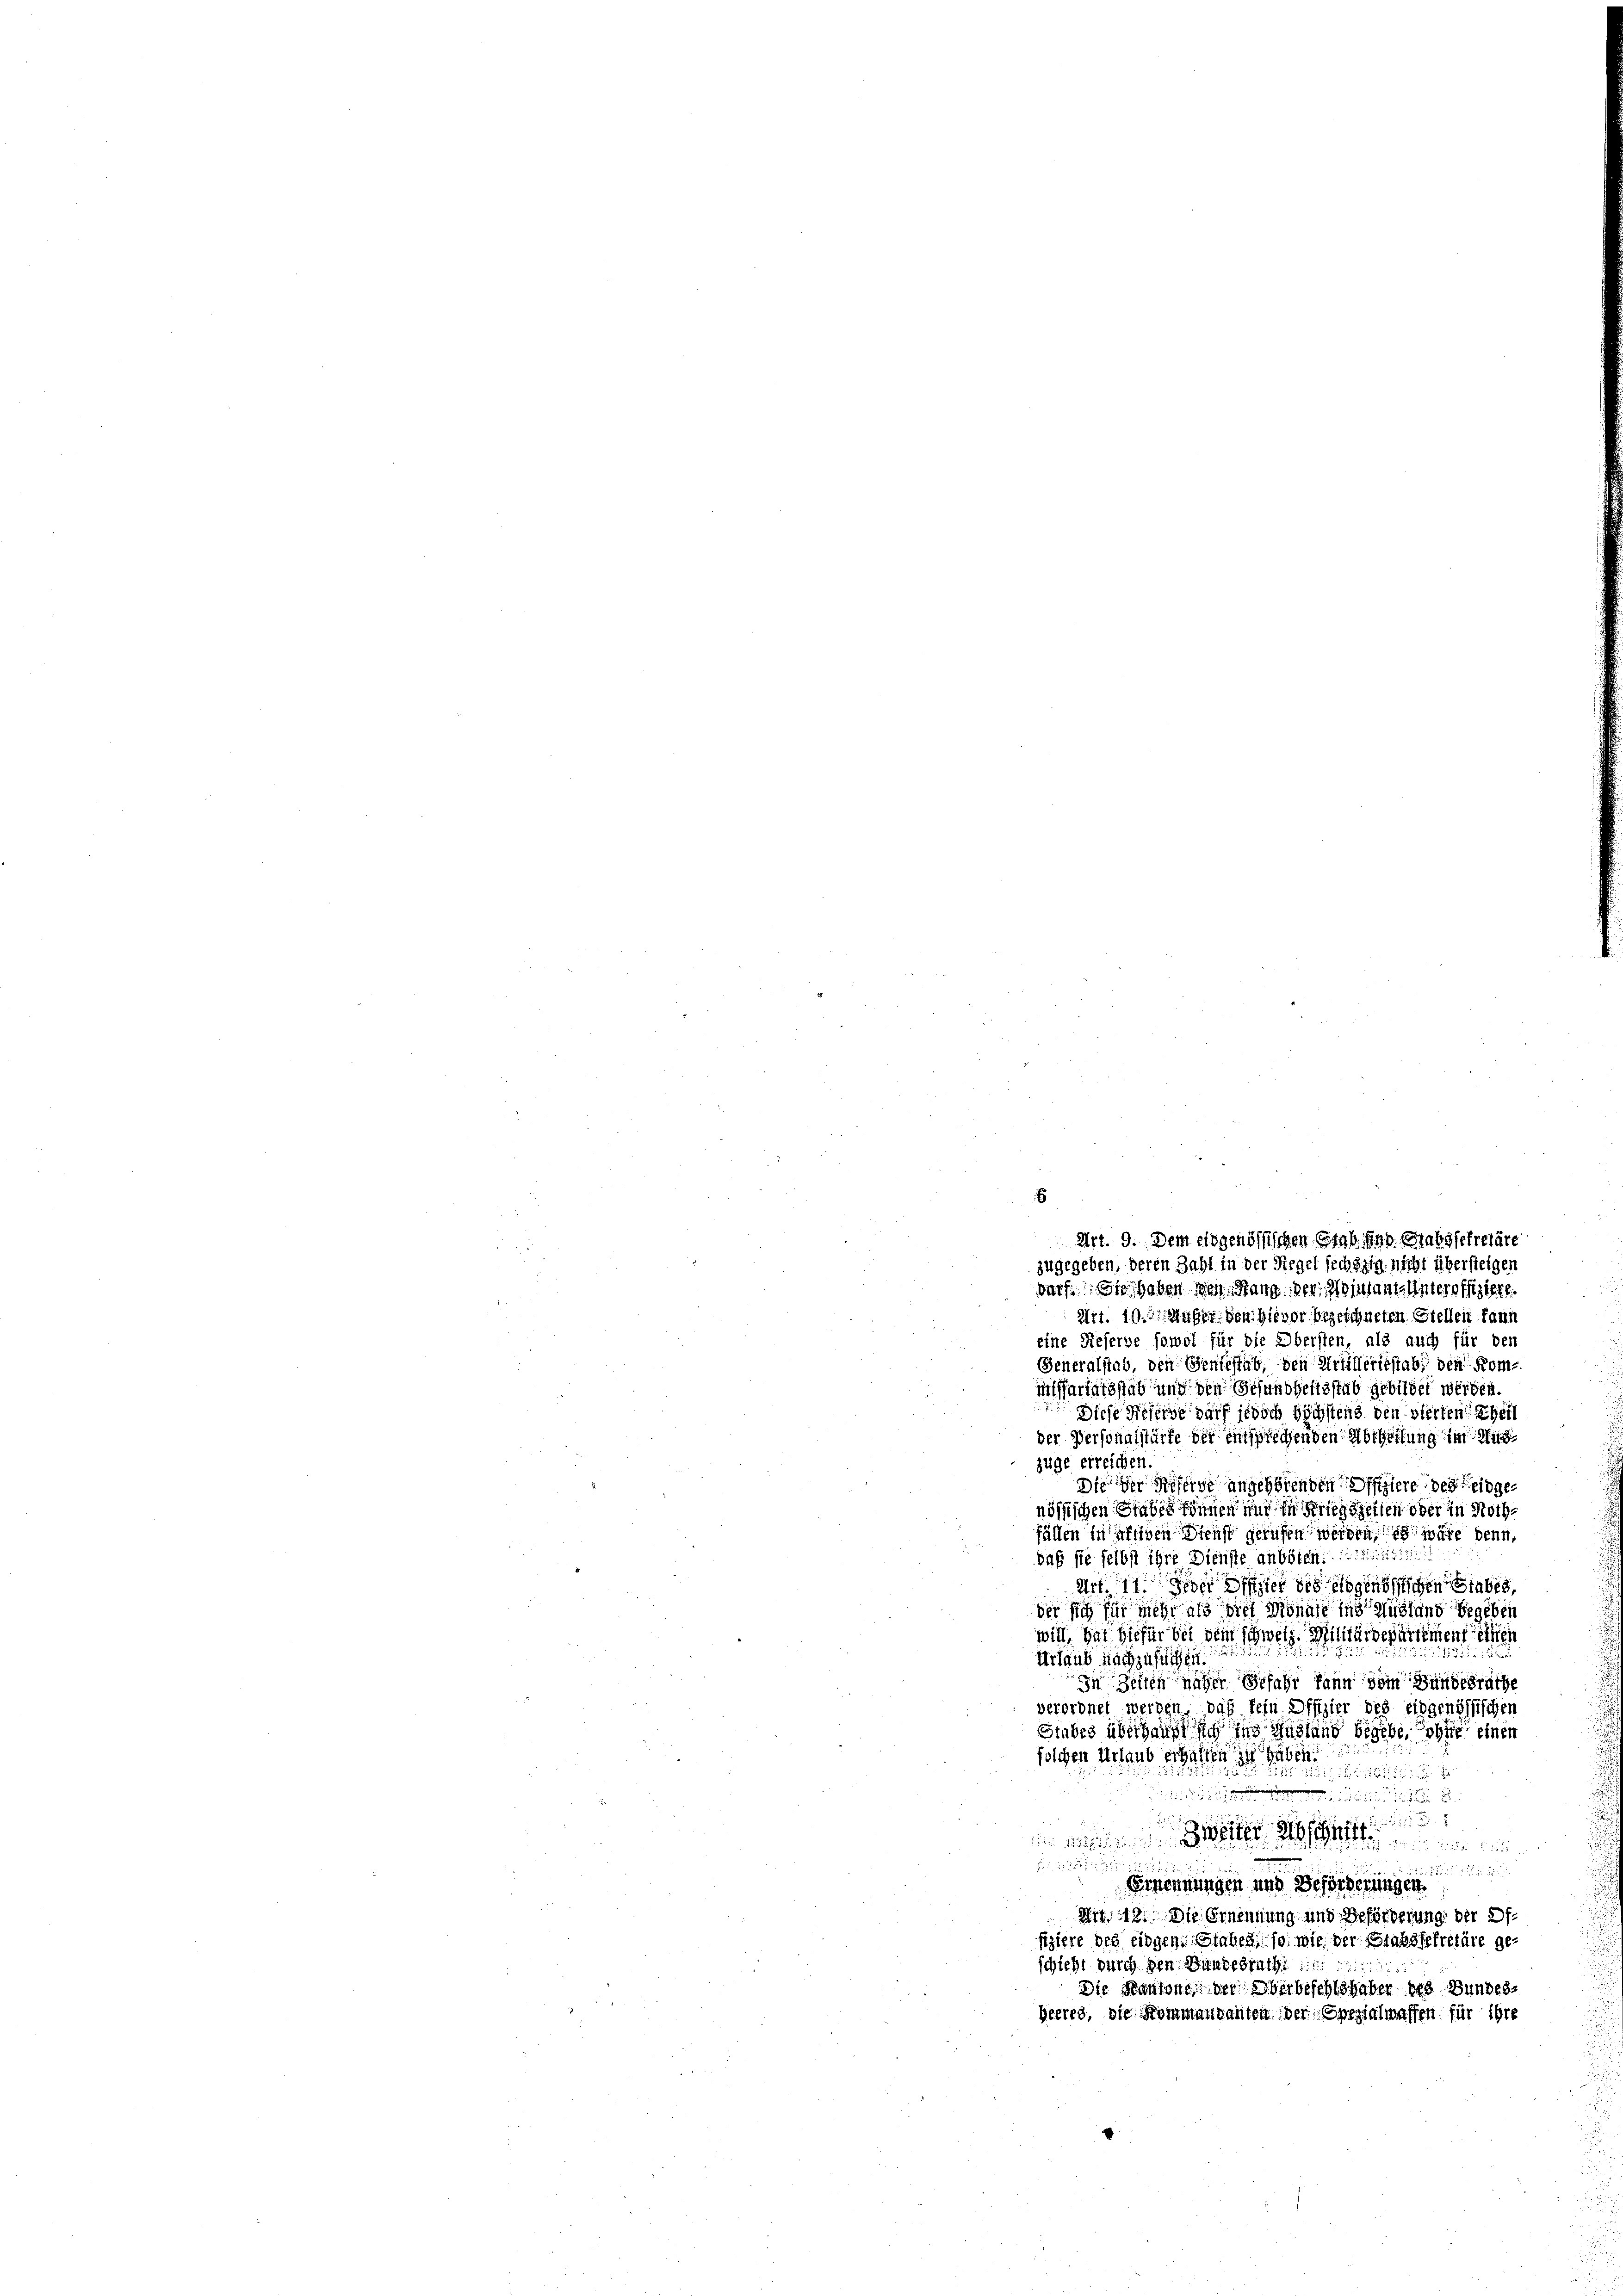
E
Art. 9. Dem eidgenössischen Gras und Grabssekretäre
zugegeben, deren Zahl in der Siegel sechszig nicht übersteigen
darf. Es haben den Stang der Adjutant. Unteroffiziert.

Art. 19. Außer den hievor bezeichneten Stellen kann
eine Reserve sowol für die Obersten, als auch für den
Generalstab, den Geniestab, den Artilleriestab, den Kom-
missariatsstab und den Gesundheitsstab gebildet werden.
Diese Meierde darf jedoch höchstens den vierten heil
der Personalstürte der entsprechenden Abtheilung im Auszüge erreichen.
Die der Reserve angehörenden Offiziere des eidgenössischen Stabes können und in Kriegszeiten oder in Nothfällen in affigen Dienst gerufen werden, es weite denn,
daß sie selbst ihre Dienste anböten:
Art. 11. Jeder Offer des eidgenössischen tabes
der sich für mehr als die Monate ins Ausland begeben
will, hat hiefür bei dem schweiz. Militärdepartement seinen
Urlaub nachzufüh
In Zeiten näher Gefahr kann dem Bundesräthe
verordnet werden, daß kein Offizier des eidgenössischen
Stabes überhaupt sich ins Auslang begebe, ohne einer
solchen Urlaub erhalten zu haben
1111

 weiter

25. Fr. 1 und
Ernennungen und Beförderungen.
Art. 19. Die Ernennung und Beförderung der 2 f.
fiziere des eidgen. Staben, so wie der Stabssekretäre geschieht durch den Bundesrathe
Die Kantone der Oberbeschlöhaber des Bundes¬
Heeres, die Kommannanten der Spezialwaffen für ihre